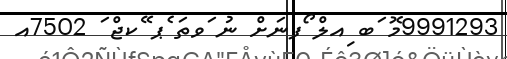
9991293މޮ ަބ ިއލް ޯފނަށް ނު ަވތަ ެޕ ޭކޖް ަ 7502އ